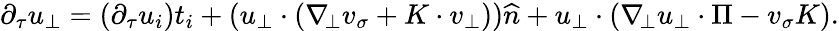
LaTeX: \begin{array}{r}{\partial_{\tau}u_{\bot}=(\partial_{\tau}u_{i})t_{i}+(u_{\bot}\cdot(\nabla_{\! \bot}v_{\sigma}+K\cdot v_{\bot}))\widehat{n}+u_{\bot}\cdot(\nabla_{\! \bot}u_{\bot}\cdot\Pi-v_{\sigma}K).}\end{array}